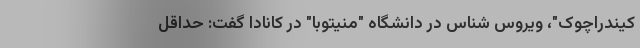
کیندراچوک"، ویروس شناس در دانشگاه "منیتوبا" در کانادا گفت: حداقل